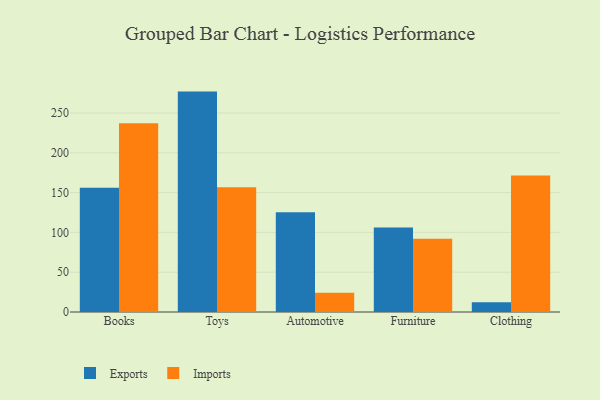
{"axis": {"x": "Category", "y": "Market Share (%)"}, "legend": ["Exports", "Imports"], "data": [{"x": "Books", "y": 156.0, "type": "Exports"}, {"x": "Books", "y": 237.0, "type": "Imports"}, {"x": "Toys", "y": 276.9, "type": "Exports"}, {"x": "Toys", "y": 156.6, "type": "Imports"}, {"x": "Automotive", "y": 125.4, "type": "Exports"}, {"x": "Automotive", "y": 24.3, "type": "Imports"}, {"x": "Furniture", "y": 106.3, "type": "Exports"}, {"x": "Furniture", "y": 92.0, "type": "Imports"}, {"x": "Clothing", "y": 12.2, "type": "Exports"}, {"x": "Clothing", "y": 171.6, "type": "Imports"}]}